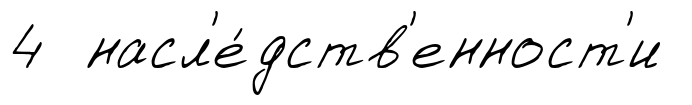
4 насл'е́дств'енност'и